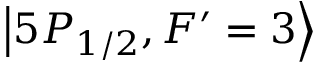
\left\lvert 5 P _ { 1 / 2 } , F ^ { \prime } = 3 \right\rangle